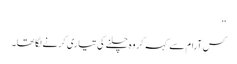
‘‘
کس آرام سے کہہ کر وہ چلنے کی تیاری کرنے لگا تھا۔